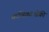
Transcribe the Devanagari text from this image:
कणिकाओंकी